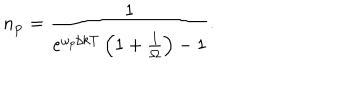
LaTeX: n _ { \bf p } = { \frac { 1 } { e ^ { \omega _ { p } / k T } \left( 1 + { \frac { 1 } { \Omega } } \right) - 1 } } .